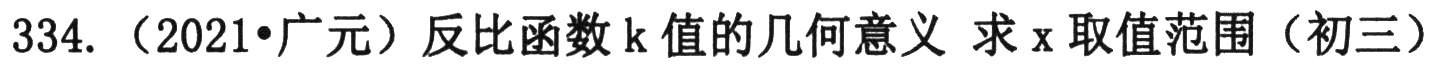
334. （2021•广元）反比例函数k值的几何意义 求\(x\)取值范围（初三）